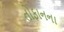
તોફાનના